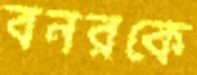
বনরকে